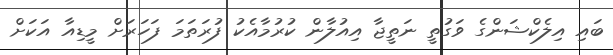
ބައި އިލެކްޝަންގެ ވަގުތީ ނަތީޖާ އިއުލާން ކުރުމާއެކު ފުރަތަމަ ފަހަރަށް މީޑިއާ އަކަށް